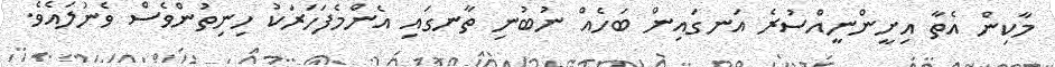
މާކިން އެތާ އިށީންނީއްސުރެ އަނގައިން ބަހެއް ނުބުނި ތާނގައި އެންމެފަހަރަކު ހިނިތުންވެސް ވެނުލައެވެ.